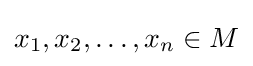
x_{1},x_{2},\ldots ,x_{n}\in M